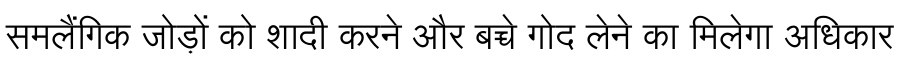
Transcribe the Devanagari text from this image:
समलैंगिक जोड़ों को शादी करने और बच्चे गोद लेने का मिलेगा अधिकार